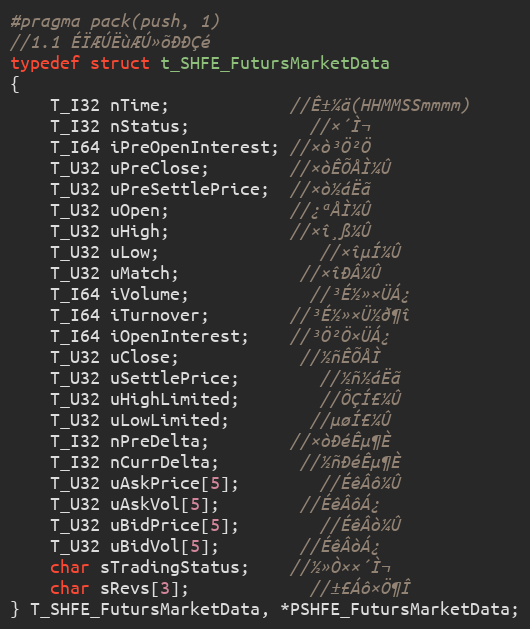
Language: C
#pragma pack(push, 1)
//1.1 ÉÏÆÚËùÆÚ»õÐÐÇé
typedef struct t_SHFE_FutursMarketData
{
	T_I32 nTime;			//Ê±¼ä(HHMMSSmmmm)
	T_I32 nStatus;			//×´Ì¬
	T_I64 iPreOpenInterest; //×ò³Ö²Ö
	T_U32 uPreClose;		//×òÊÕÅÌ¼Û
	T_U32 uPreSettlePrice;  //×ò½áËã
	T_U32 uOpen;			//¿ªÅÌ¼Û
	T_U32 uHigh;			//×î¸ß¼Û
	T_U32 uLow;				//×îµÍ¼Û
	T_U32 uMatch;			//×îÐÂ¼Û
	T_I64 iVolume;			//³É½»×ÜÁ¿
	T_I64 iTurnover;		//³É½»×Ü½ð¶î
	T_I64 iOpenInterest;	//³Ö²Ö×ÜÁ¿
	T_U32 uClose;			//½ñÊÕÅÌ
	T_U32 uSettlePrice;		//½ñ½áËã
	T_U32 uHighLimited;		//ÕÇÍ£¼Û
	T_U32 uLowLimited;		//µøÍ£¼Û
	T_I32 nPreDelta;		//×òÐéÊµ¶È
	T_I32 nCurrDelta;		//½ñÐéÊµ¶È
	T_U32 uAskPrice[5];		//ÉêÂô¼Û
	T_U32 uAskVol[5];		//ÉêÂôÁ¿
	T_U32 uBidPrice[5];		//ÉêÂò¼Û
	T_U32 uBidVol[5];		//ÉêÂòÁ¿
	char sTradingStatus;	//½»Ò××´Ì¬
	char sRevs[3];			//±£Áô×Ö¶Î
} T_SHFE_FutursMarketData, *PSHFE_FutursMarketData;